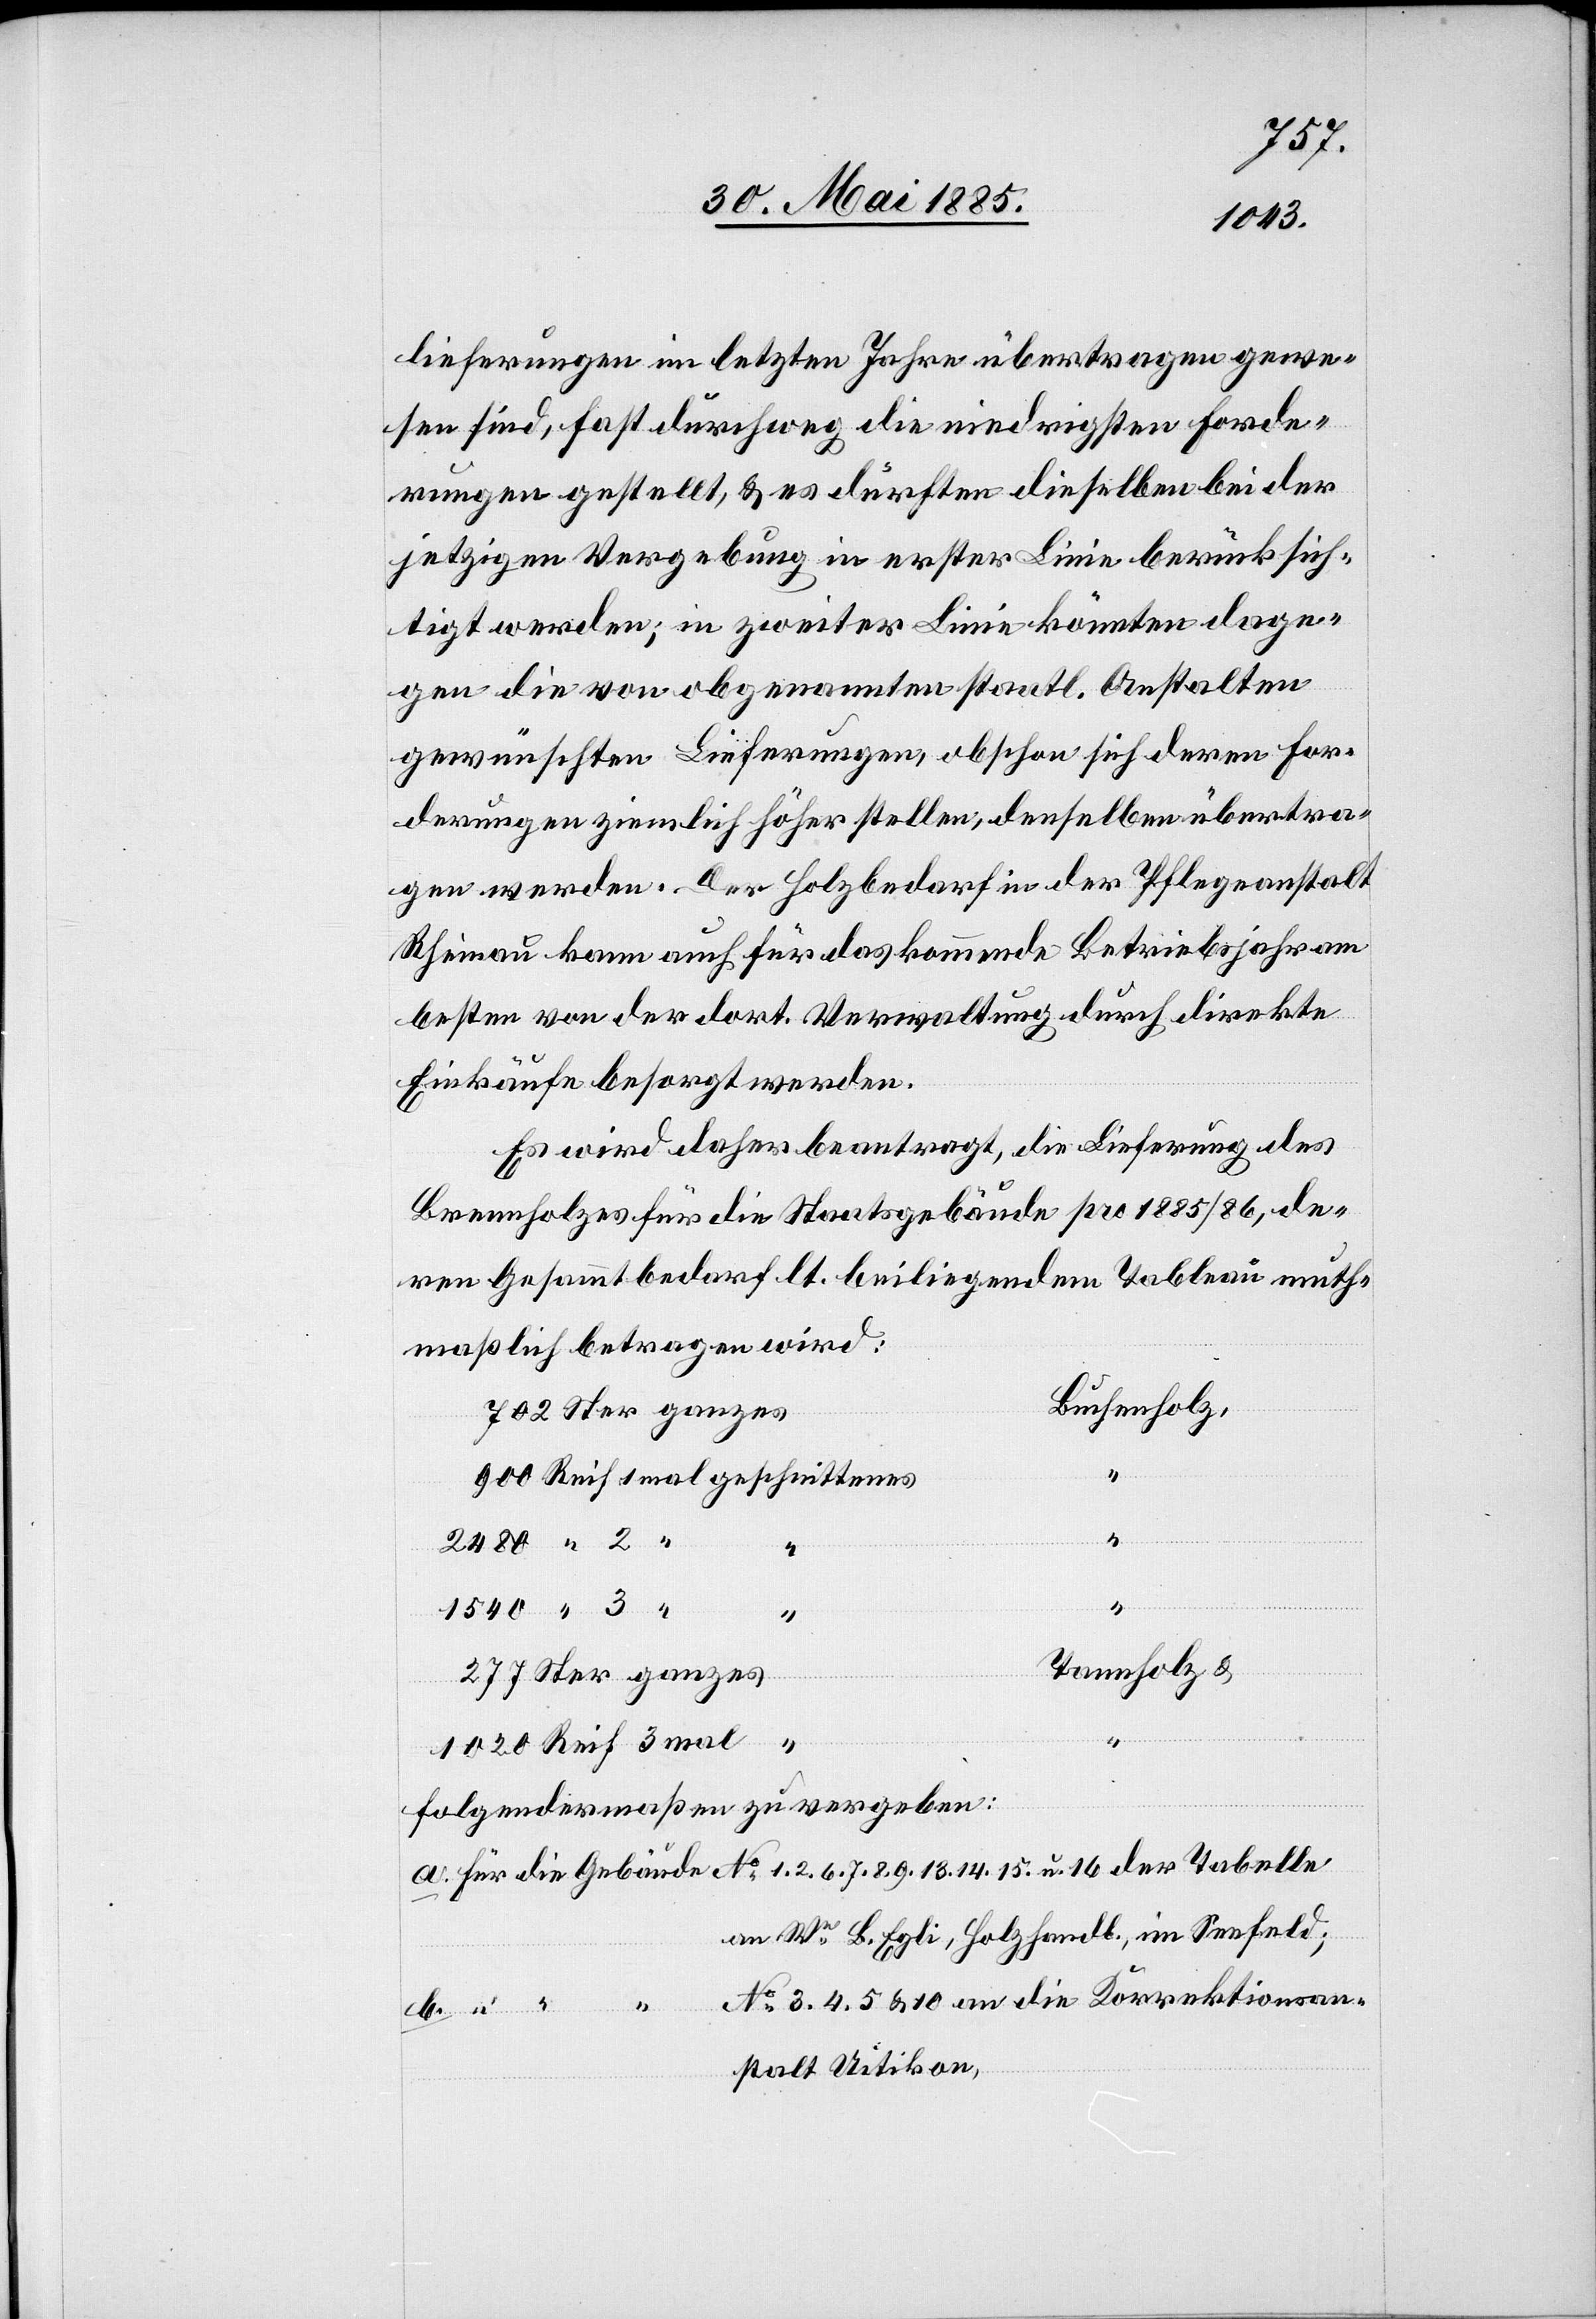
lieferungen im letzten Jahre übertragen gewe¬
sen sind, fast durchweg die niedrigsten Forde¬
rungen gestellt, & es dürften dieselben bei der
jetzigen Vergebung in erster Linie berücksich¬
tigt werden; in zweiter Linie könnten dage¬
gen die von obgenannten staatl. Anstalten
gewünschten Lieferungen, obschon sich deren For¬
derungen ziemlich höher stellen, denselben übertra¬
gen werden. Der Holzbedarf in der Pflegeanstalt
Rheinau kann auch für das kommende Betriebsjahr am
besten von der dort. Verwaltung durch direkte
Einkäufe besorgt werden.
Es wird daher beantragt, die Lieferung des
Brennholzes für die Staatsgebäude pro 1885/86, de¬
ren Gesammtbedarf lt. beiliegendem Tableau muth¬
maßlich betragen wird:
Buchenholz,
2
Tannholz &
14,
u.
folgendermaßen zu vergeben:
an We B. Egli, Holzhandl., im Seefeld;
No 3, 4, 5, & 10 an die Korrektionsan¬
stalt Uitikon,